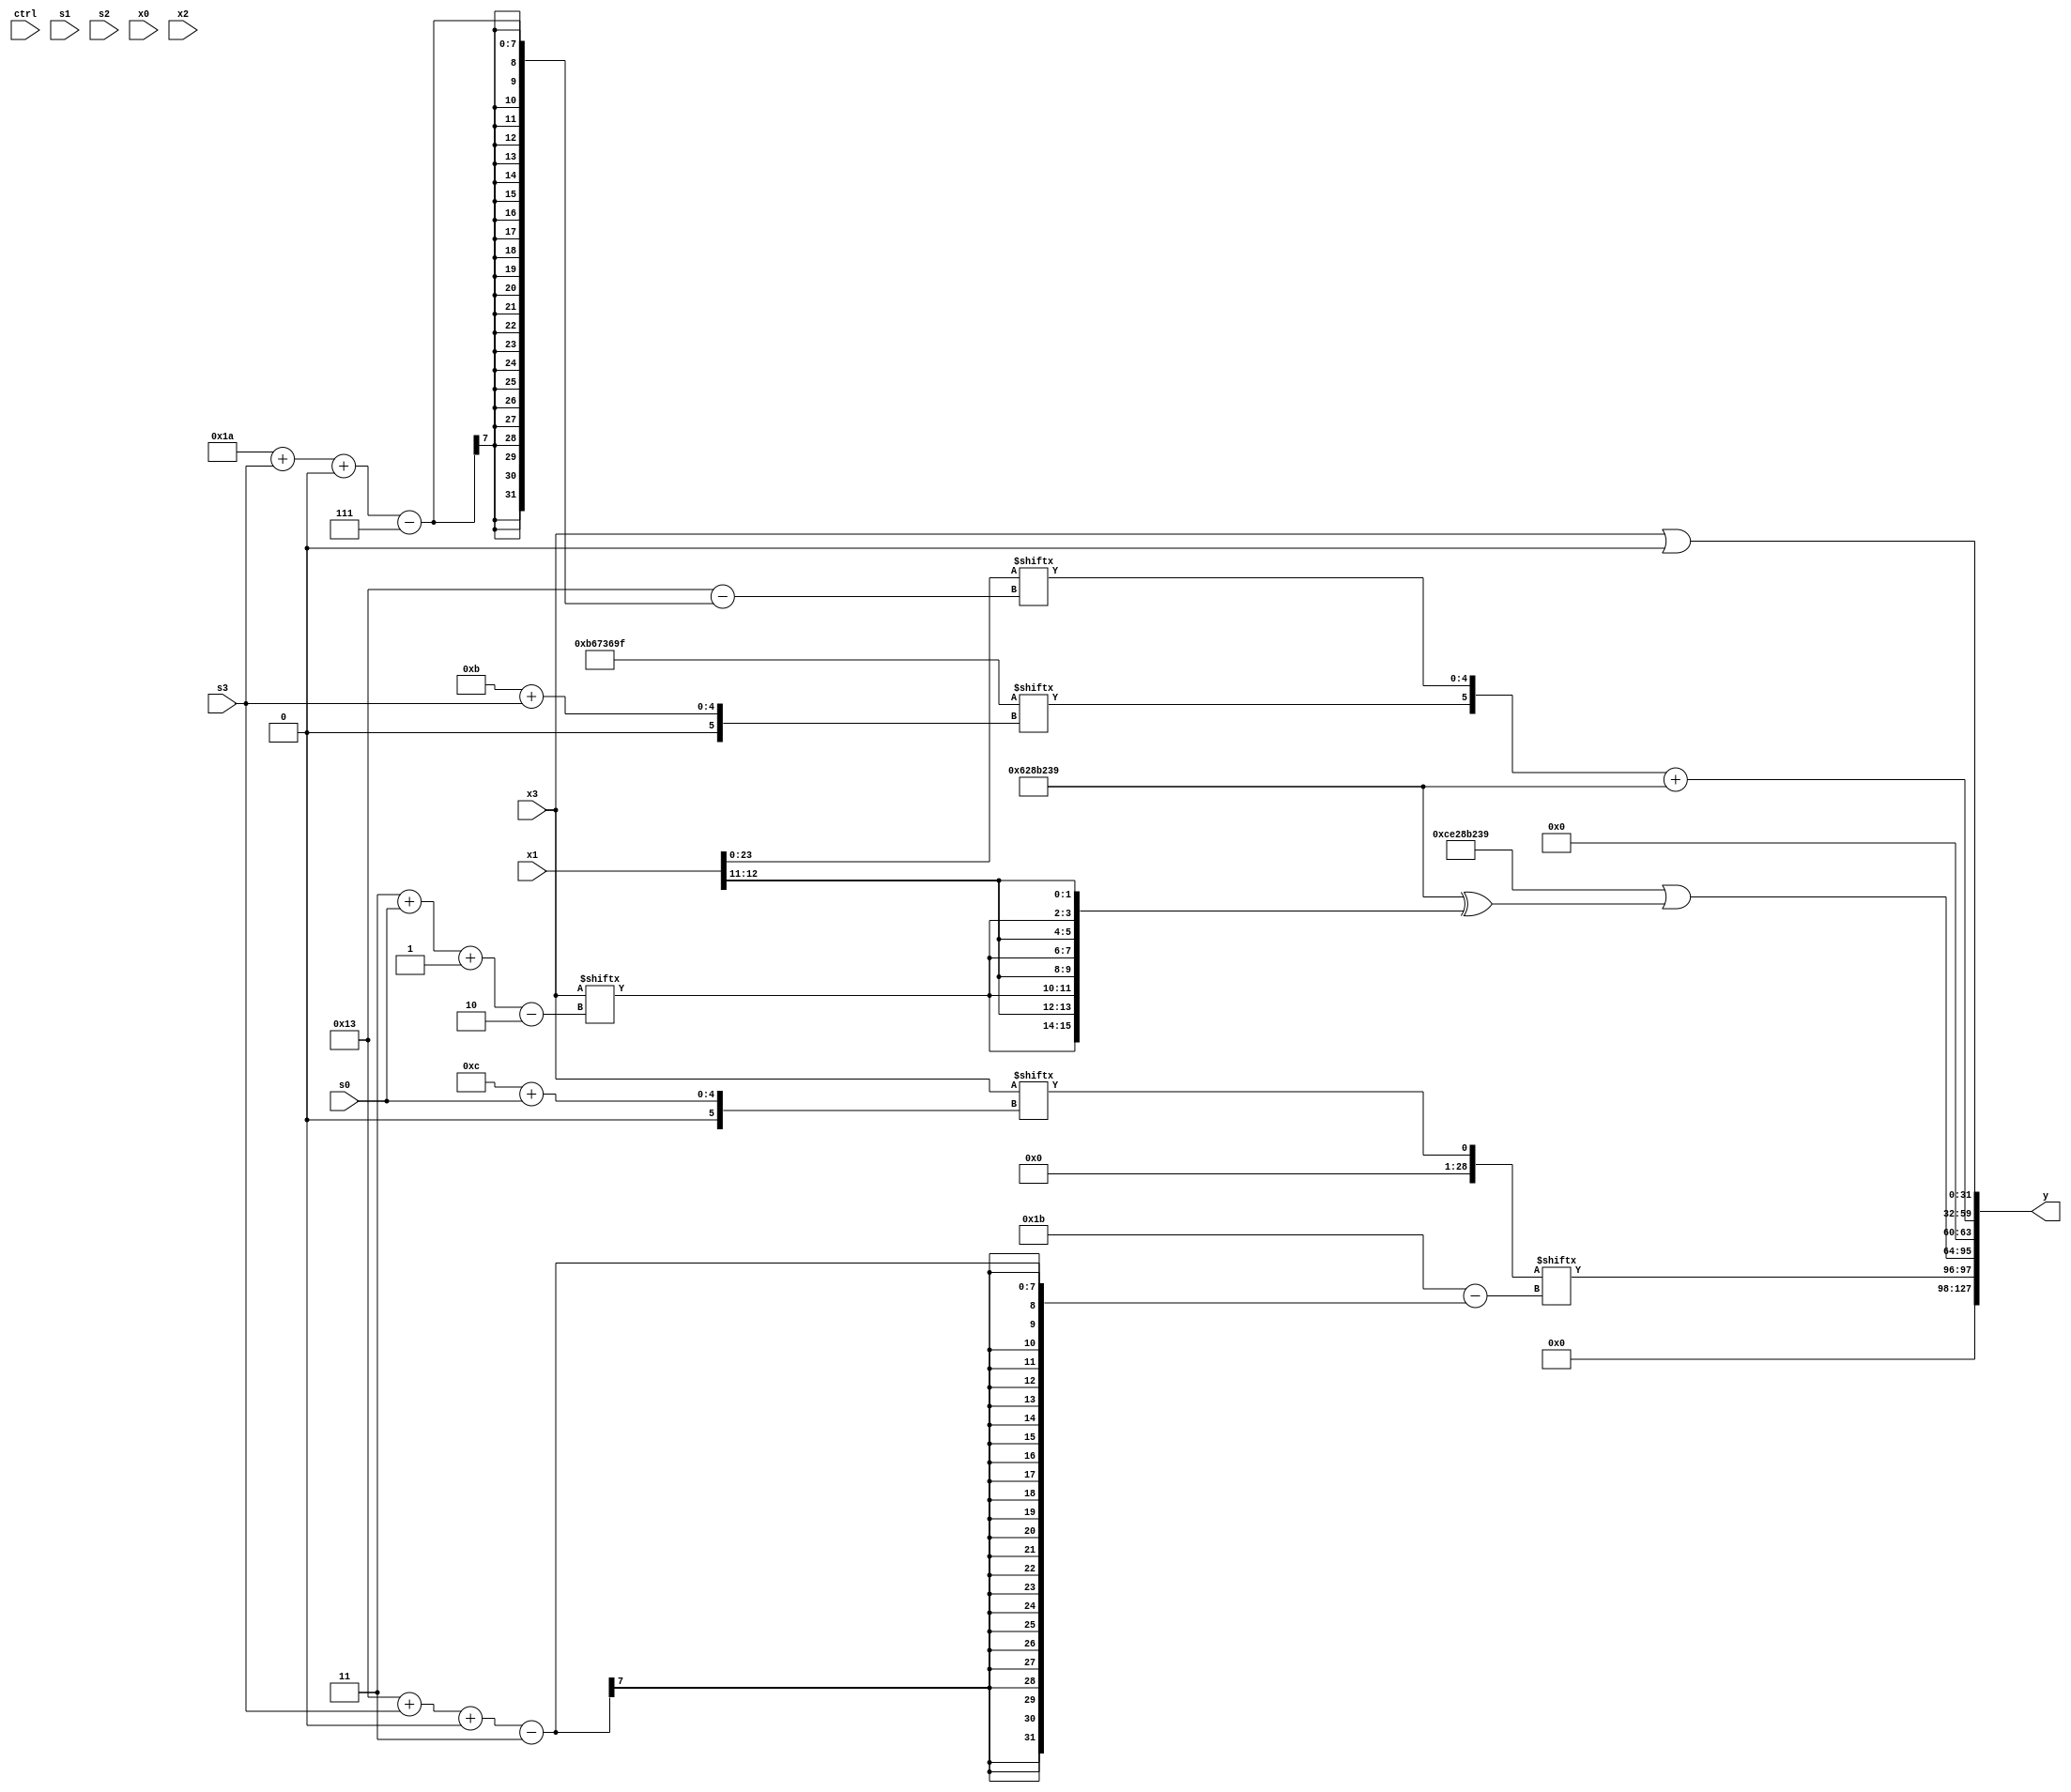
module partsel_00043(ctrl, s0, s1, s2, s3, x0, x1, x2, x3, y);
  input [3:0] ctrl;
  input [2:0] s0;
  input [2:0] s1;
  input [2:0] s2;
  input [2:0] s3;
  input signed [31:0] x0;
  input [31:0] x1;
  input [31:0] x2;
  input signed [31:0] x3;
  wire [29:6] x4;
  wire [1:24] x5;
  wire [7:27] x6;
  wire signed [7:28] x7;
  wire signed [31:3] x8;
  wire signed [3:26] x9;
  wire signed [3:31] x10;
  wire signed [30:1] x11;
  wire signed [3:28] x12;
  wire [7:30] x13;
  wire [28:2] x14;
  wire [30:6] x15;
  output [127:0] y;
  wire [31:0] y0;
  wire signed [31:0] y1;
  wire signed [31:0] y2;
  wire signed [31:0] y3;
  assign y = {y0,y1,y2,y3};
  localparam signed [5:30] p0 = 768348780;
  localparam [27:6] p1 = 464974042;
  localparam [27:0] p2 = 996619935;
  localparam signed [1:27] p3 = 103330361;
  assign x4 = ({((!ctrl[2] && ctrl[2] && !ctrl[0] ? (x2[21 -: 1] ^ p3[12]) : p2[6 + s3]) ^ x0[16 -: 4]), {{p3[10 +: 2], {p0[13], p2}}, {p1[13 + s1 -: 6], p1[4 + s3]}}} | (!ctrl[3] || !ctrl[0] && !ctrl[1] ? (p2[9] & ({(p0[13 + s3] + (((p0[29 + s1 +: 3] & (x3 & p1[14 +: 2])) + p3[7 + s3 -: 2]) ^ p3)), x0[31 + s1 +: 1]} ^ (!ctrl[2] && !ctrl[0] && ctrl[3] ? x1 : p2))) : (!ctrl[2] && !ctrl[2] && !ctrl[3] ? p0 : (!ctrl[1] || !ctrl[2] || ctrl[3] ? p0[6 + s1 +: 1] : (x3[11 +: 2] ^ x2[18])))));
  assign x5 = x2[11];
  assign x6 = p0[12 -: 4];
  assign x7 = (({2{((p0[13 +: 4] & (p3[9 + s2 +: 7] + x5[11 + s2 -: 8])) - (x6[15 -: 3] + (x1[9] & (x6[2 + s3 -: 2] + x1[12]))))}} - x6[7 + s3]) + {({x0[19 + s2 -: 4], (p0[19 +: 3] - p2[8])} | {x0[31 + s3 +: 5], x6[19 -: 3]}), p0[13 +: 1]});
  assign x8 = (x2[16 + s3] | p0[14 +: 2]);
  assign x9 = p0[23 -: 3];
  assign x10 = x3[12 + s0];
  assign x11 = x9[10];
  assign x12 = ((ctrl[3] && !ctrl[1] || ctrl[0] ? p2 : x4) - (p1[9] & p1[7 + s0]));
  assign x13 = x1;
  assign x14 = x13[13 + s2 +: 6];
  assign x15 = (!ctrl[1] || ctrl[1] || ctrl[3] ? {x12, x1[15 + s3 +: 8]} : ({p2[14], p0[8]} - x3[17 + s2]));
  assign y0 = x10[19 + s3 +: 2];
  assign y1 = ({2{p3}} | (p3 ^ {2{{2{{x3[3 + s0 -: 2], x1[11 +: 2]}}}}}));
  assign y2 = ({p2[11 + s3], x13[26 + s3 +: 5]} + p3);
  assign y3 = (x3 | p2[14]);
endmodule